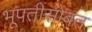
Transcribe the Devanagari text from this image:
भूपतीसोबत